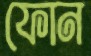
ফোন